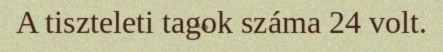
A tiszteleti tagok száma 24 volt.